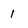
Character: 1